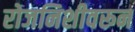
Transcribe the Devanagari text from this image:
रोजनिशीवरून